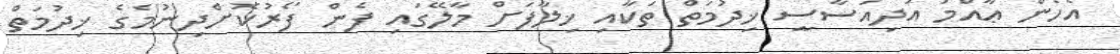
އެހެން ޢާއްމު އަދިއަސާސީ ޚިދުމަތް ތަކާއި ޚިލާފަށް މާލޭގައި ފެން ފޯރުކޮށްދިނުމެގެ ޚިދުމަތް